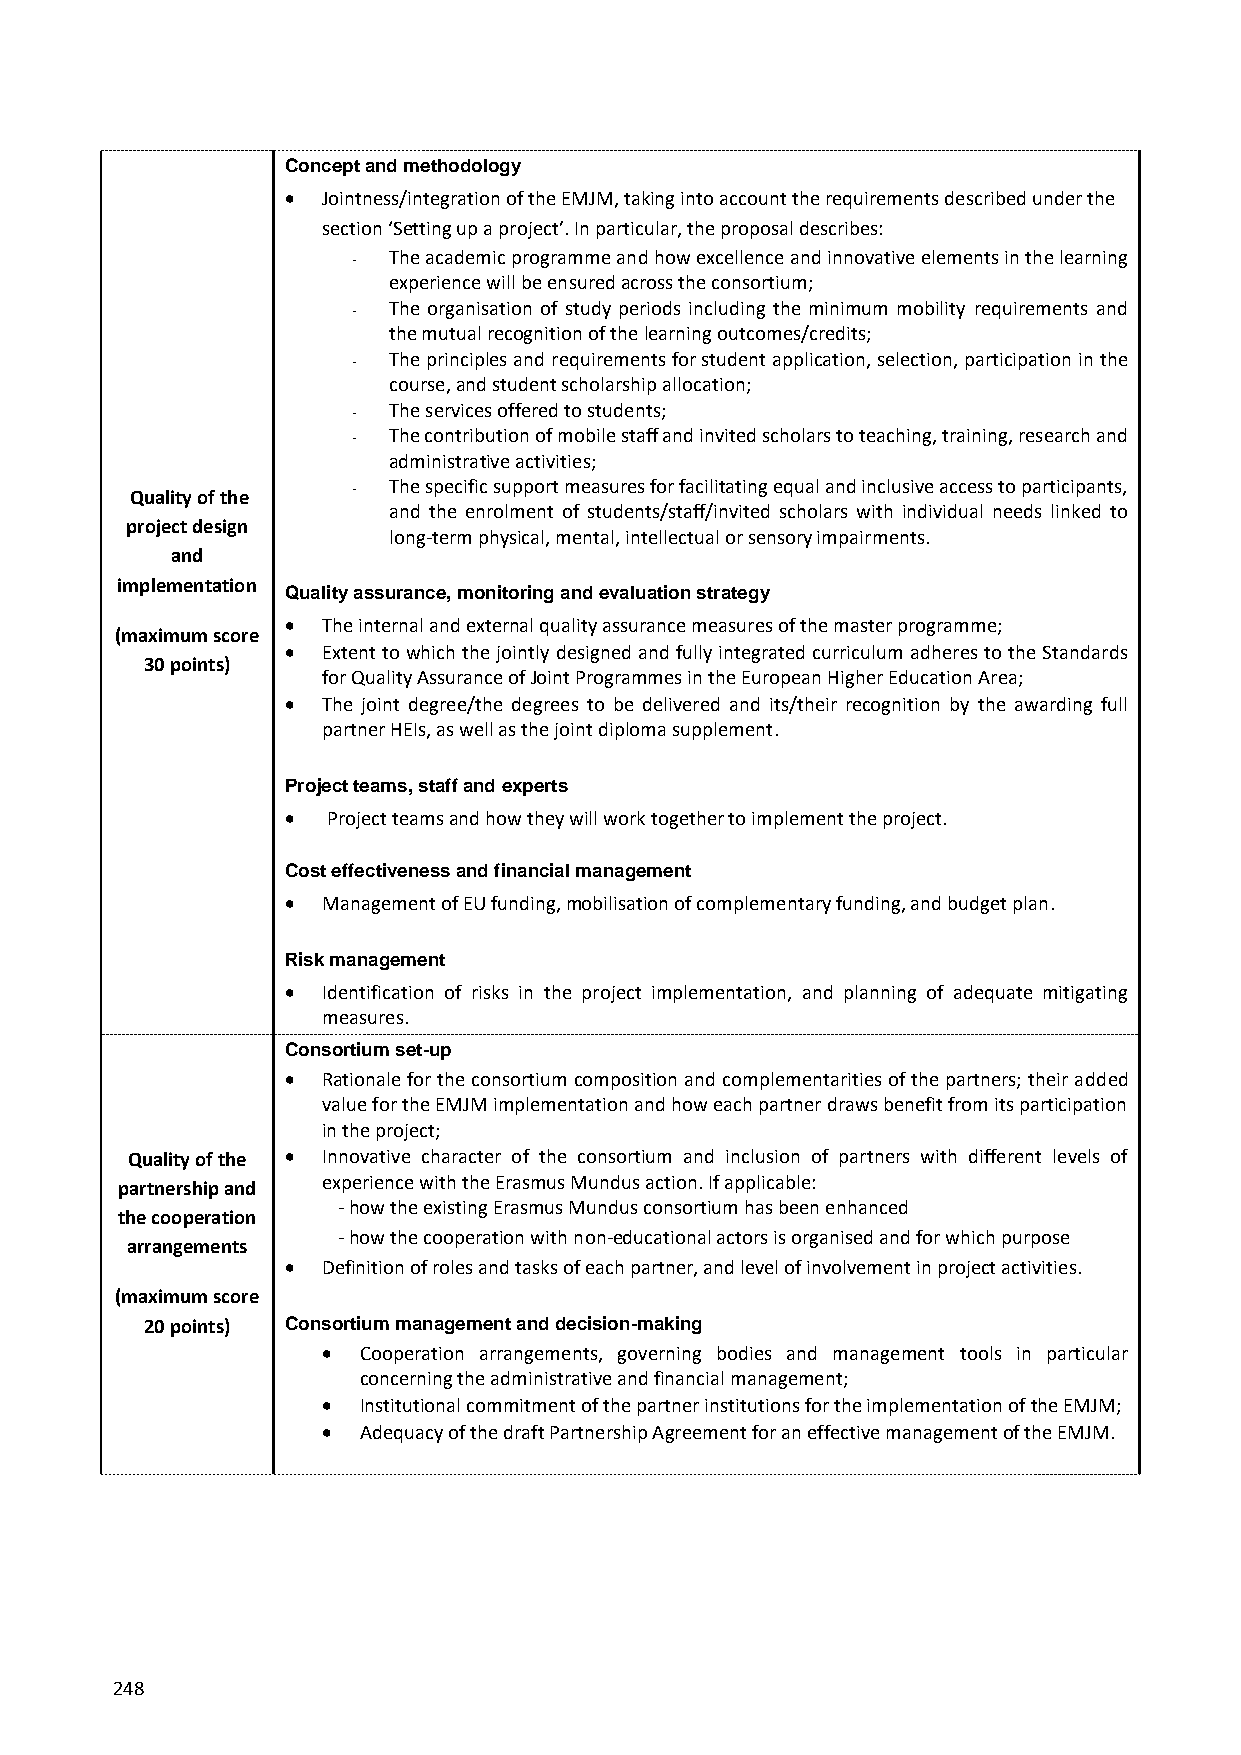
Concept and methodology
  Jointness/integration of the EMJM, taking into account the requirements described under the
 section ‘Setting up a project’. In particular, the proposal describes:
 -  The academic programme and how excellence and innovative elements in the learning
 experience will be ensured across the consortium;
 -  The organisation of study periods including the minimum mobility requirements and
 the mutual recognition of the learning outcomes/credits;
 -  The principles and requirements for student application, selection, participation in the
 course, and student scholarship allocation;
 -  The services offered to students;
 -  The contribution of mobile staff and invited scholars to teaching, training, research and
 administrative activities;
 -  The specific support measures for facilitating equal and inclusive access to participants,
 Quality of the
 and the enrolment of students/staff/invited scholars with individual needs linked to
 project design
 long-term physical, mental, intellectual or sensory impairments.
 and
 implementation
 Quality assurance, monitoring and evaluation strategy
  The internal and external quality assurance measures of the master programme;
 (maximum score
  Extent to which the jointly designed and fully integrated curriculum adheres to the Standards
 30 points)
 for Quality Assurance of Joint Programmes in the European Higher Education Area;
  The joint degree/the degrees to be delivered and its/their recognition by the awarding full
 partner HEIs, as well as the joint diploma supplement.
 Project teams, staff and experts
   Project teams and how they will work together to implement the project.
 Cost effectiveness and financial management
  Management of EU funding, mobilisation of complementary funding, and budget plan.
 Risk management
  Identification of risks in the project implementation, and planning of adequate mitigating
 measures.
 Consortium set-up
  Rationale for the consortium composition and complementarities of the partners; their added
 value for the EMJM implementation and how each partner draws benefit from its participation
 in the project;
 Quality of the  Innovative character of the consortium and inclusion of partners with different levels of
 partnership and experience with the Erasmus Mundus action. If applicable:
 - how the existing Erasmus Mundus consortium has been enhanced
 the cooperation
 - how the cooperation with non-educational actors is organised and for which purpose
 arrangements
  Definition of roles and tasks of each partner, and level of involvement in project activities.
 (maximum score
 20 points) Consortium management and decision-making
   Cooperation arrangements, governing bodies and management tools in particular
 concerning the administrative and financial management;
   Institutional commitment of the partner institutions for the implementation of the EMJM;
   Adequacy of the draft Partnership Agreement for an effective management of the EMJM.
 248